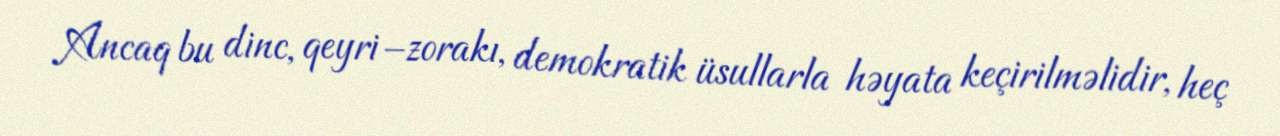
Ancaq bu dinc, qeyri–zorakı, demokratik üsullarla həyata keçirilməlidir, heç